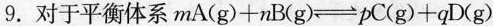
9. 对于平衡$$m A (g) + n B (g) \rightleftharp p C (g) + q D (g)